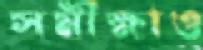
সমীক্ষাও